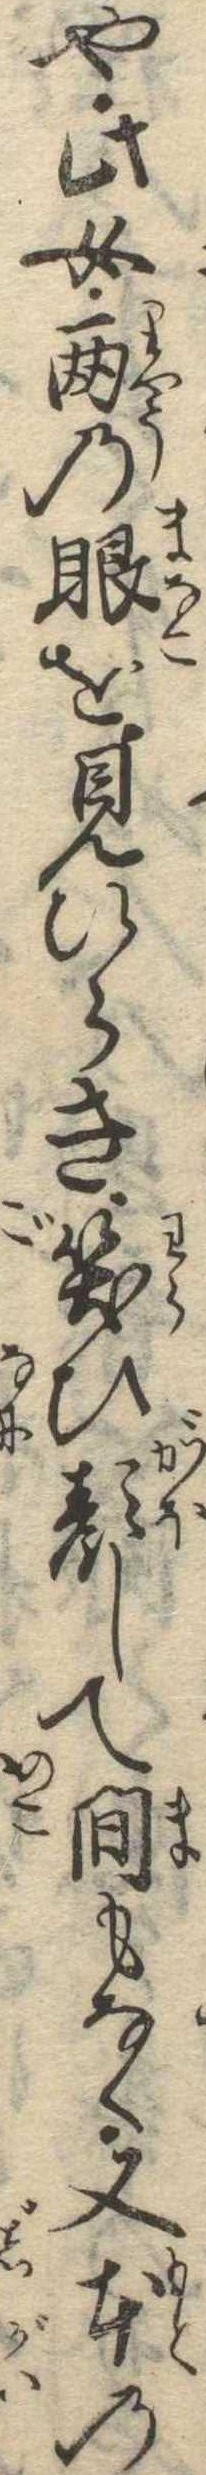
や此女両の眼を見ひらき笑ひ顔して間もなく又本の